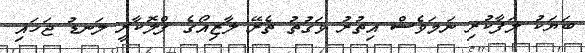
ބަޔަކު ލަފާކުރި ނަމަވެސް އިތުރު ވަގުތު ތެރޭ ލާޒިއޯގެ ފްލޮކާރީ ލަނޑު ޖަހައި